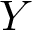
Y